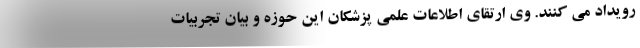
رویداد می کنند. وی ارتقای اطلاعات علمی پزشکان این حوزه و بیان تجربیات